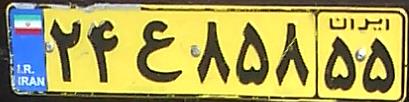
۲۴ع۸۵۸۵۵